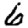
Digit: 6